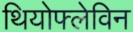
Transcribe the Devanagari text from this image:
थियोफ्लेविन